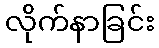
လိုက်နာခြင်း